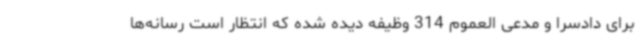
برای دادسرا و مدعی العموم 314 وظیفه دیده شده که انتظار است رسانه‌ها